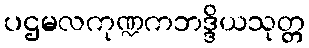
ပဌမလကုဏ္ဍကဘဒ္ဒိယသုတ္တ